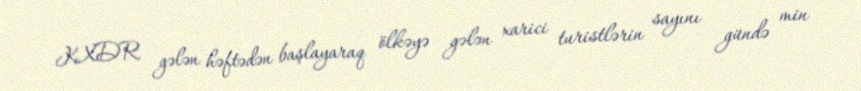
KXDR gələn həftədən başlayaraq ölkəyə gələn xarici turistlərin sayını gündə min